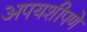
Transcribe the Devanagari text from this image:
अपयशीपणे